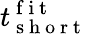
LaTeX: t_{\mathrm{~s~h~o~r~t~}}^{\mathrm{~f~i~t~}}